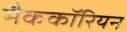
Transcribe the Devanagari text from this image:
मैककॉरियन